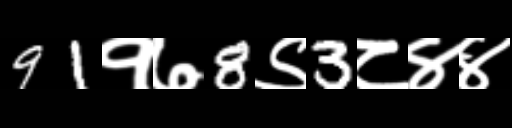
Text: 91१७8९3८४४